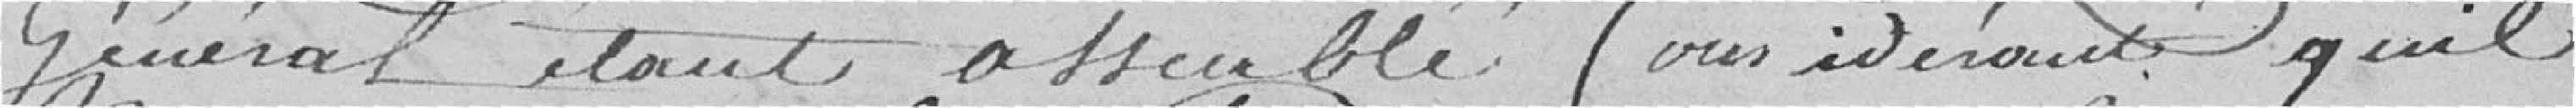
Général étant assemblé Considérant qu'il